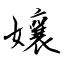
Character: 孃